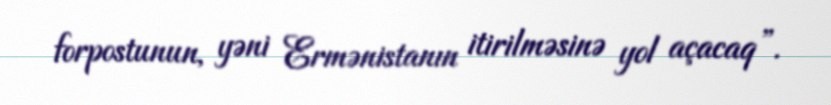
forpostunun, yəni Ermənistanın itirilməsinə yol açacaq”.